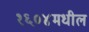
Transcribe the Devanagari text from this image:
१६०४मधील